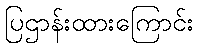
ပြဌာန်းထားကြောင်း